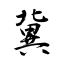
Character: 冀